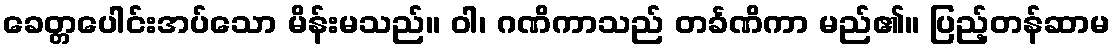
ခေတ္တပေါင်းအပ်သော မိန်းမသည်။ ဝါ၊ ဂဏိကာသည် တင်္ခဏိကာ မည်၏။ ပြည့်တန်ဆာမ